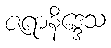
ဇရာနိဒ္ဒေသ